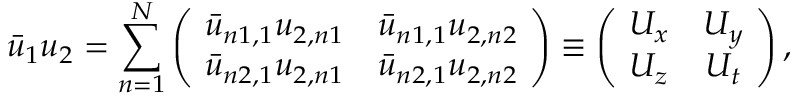
\bar { u } _ { 1 } u _ { 2 } = \sum _ { n = 1 } ^ { N } \left( \! \begin{array} { c c } { { \bar { u } _ { n 1 , 1 } u _ { 2 , n 1 } } } & { { \bar { u } _ { n 1 , 1 } u _ { 2 , n 2 } } } \\ { { \bar { u } _ { n 2 , 1 } u _ { 2 , n 1 } } } & { { \bar { u } _ { n 2 , 1 } u _ { 2 , n 2 } } } \end{array} \! \right) \equiv \left( \! \begin{array} { c c } { { U _ { x } } } & { { U _ { y } } } \\ { { U _ { z } } } & { { U _ { t } } } \end{array} \! \right) ,